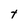
Character: t